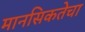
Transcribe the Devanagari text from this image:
मानसिकतेचा